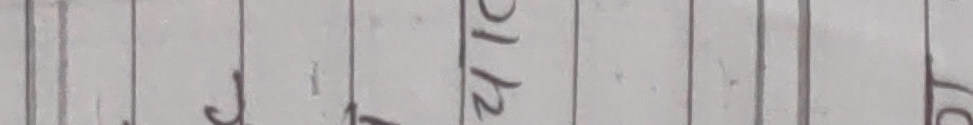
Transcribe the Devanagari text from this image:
१२